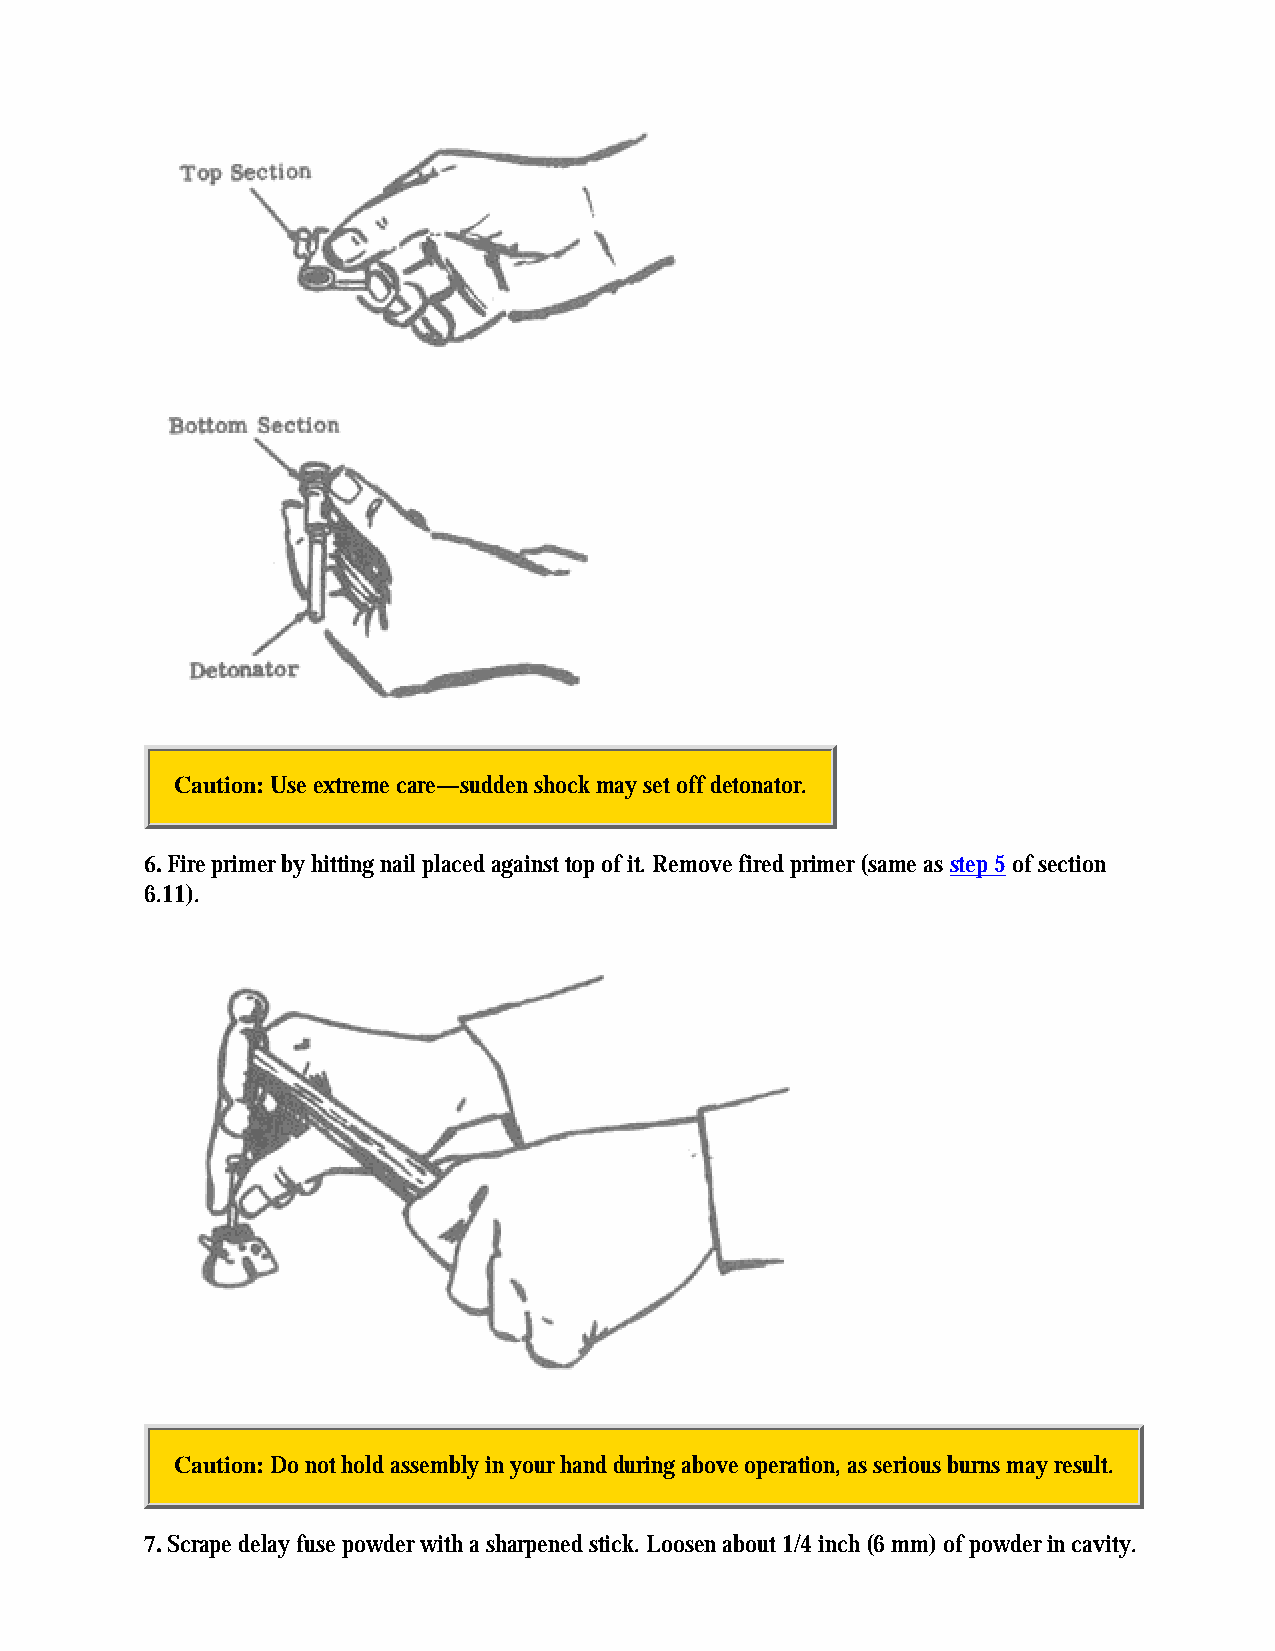
Caution: Use extreme care—sudden shock may set off detonator.
 6. Fire primer by hitting nail placed against top of it. Remove fired primer (same as step 5 of section
 6.11).
 Caution: Do not hold assembly in your hand during above operation, as serious burns may result.
 7. Scrape delay fuse powder with a sharpened stick. Loosen about 1/4 inch (6 mm) of powder in cavity.